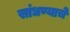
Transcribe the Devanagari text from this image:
सांधण्याचे